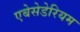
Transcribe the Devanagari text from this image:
एबेसेडेरियम